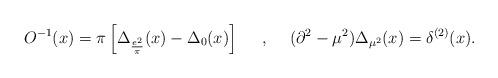
LaTeX: \begin{align*}O^{-1}(x)=\pi\left[ \Delta_{\frac{e^2}{\pi}}(x)-\Delta_0(x)\right]\makebox[.5in]{,}(\partial^2-\mu^2)\Delta_{\mu^2}(x)=\delta^{(2)}(x).\end{align*}